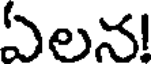
ఏలన!